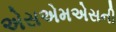
એસએમએસની